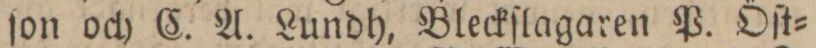
ſon och C. A. Lundh, Bleckſlagaren P. Öſt=